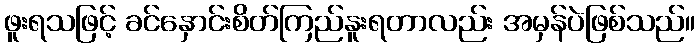
ဖူးရသဖြင့် ခင်နှောင်းစိတ်ကြည်နူးရတာလည်း အမှန်ပဲဖြစ်သည်။